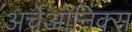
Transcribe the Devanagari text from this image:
अर्चेओनिक्स